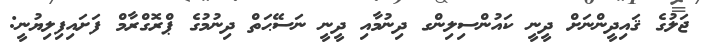
ޖަލުގެ ޤައިދީންނަށް ދީނީ ކައުންސިލިންގ ދިނުމާއި ދީނީ ނަސޭޙަތް ދިނުމުގެ ޕްރޮގްރާމް ފަށައިފިލިޔުނީ: